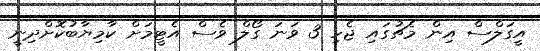
އީގަލްސް އިން މެޗުގައި ޖެހި 3 ވަނަ ގޯލް ވެސް އެޓީމަށް ކާމިޔާބުކޮށްދިނީ